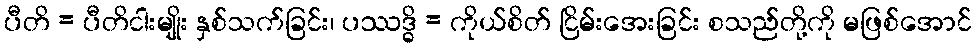
ပီတိ = ပီတိငါးမျိုး နှစ်သက်ခြင်း၊ ပဿဒ္ဓိ = ကိုယ်စိတ် ငြိမ်းအေးခြင်း စသည်တို့ကို မဖြစ်အောင်